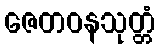
ဇေတဝနသုတ္တံ